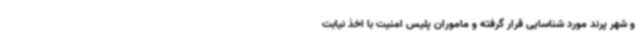
و شهر پرند مورد شناسایی قرار گرفته و ماموران پلیس امنیت با اخذ نیابت